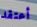
أعتقد